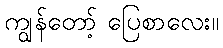
ကျွန်တော့် ပြေစာလေး။